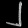
Digit: ၂